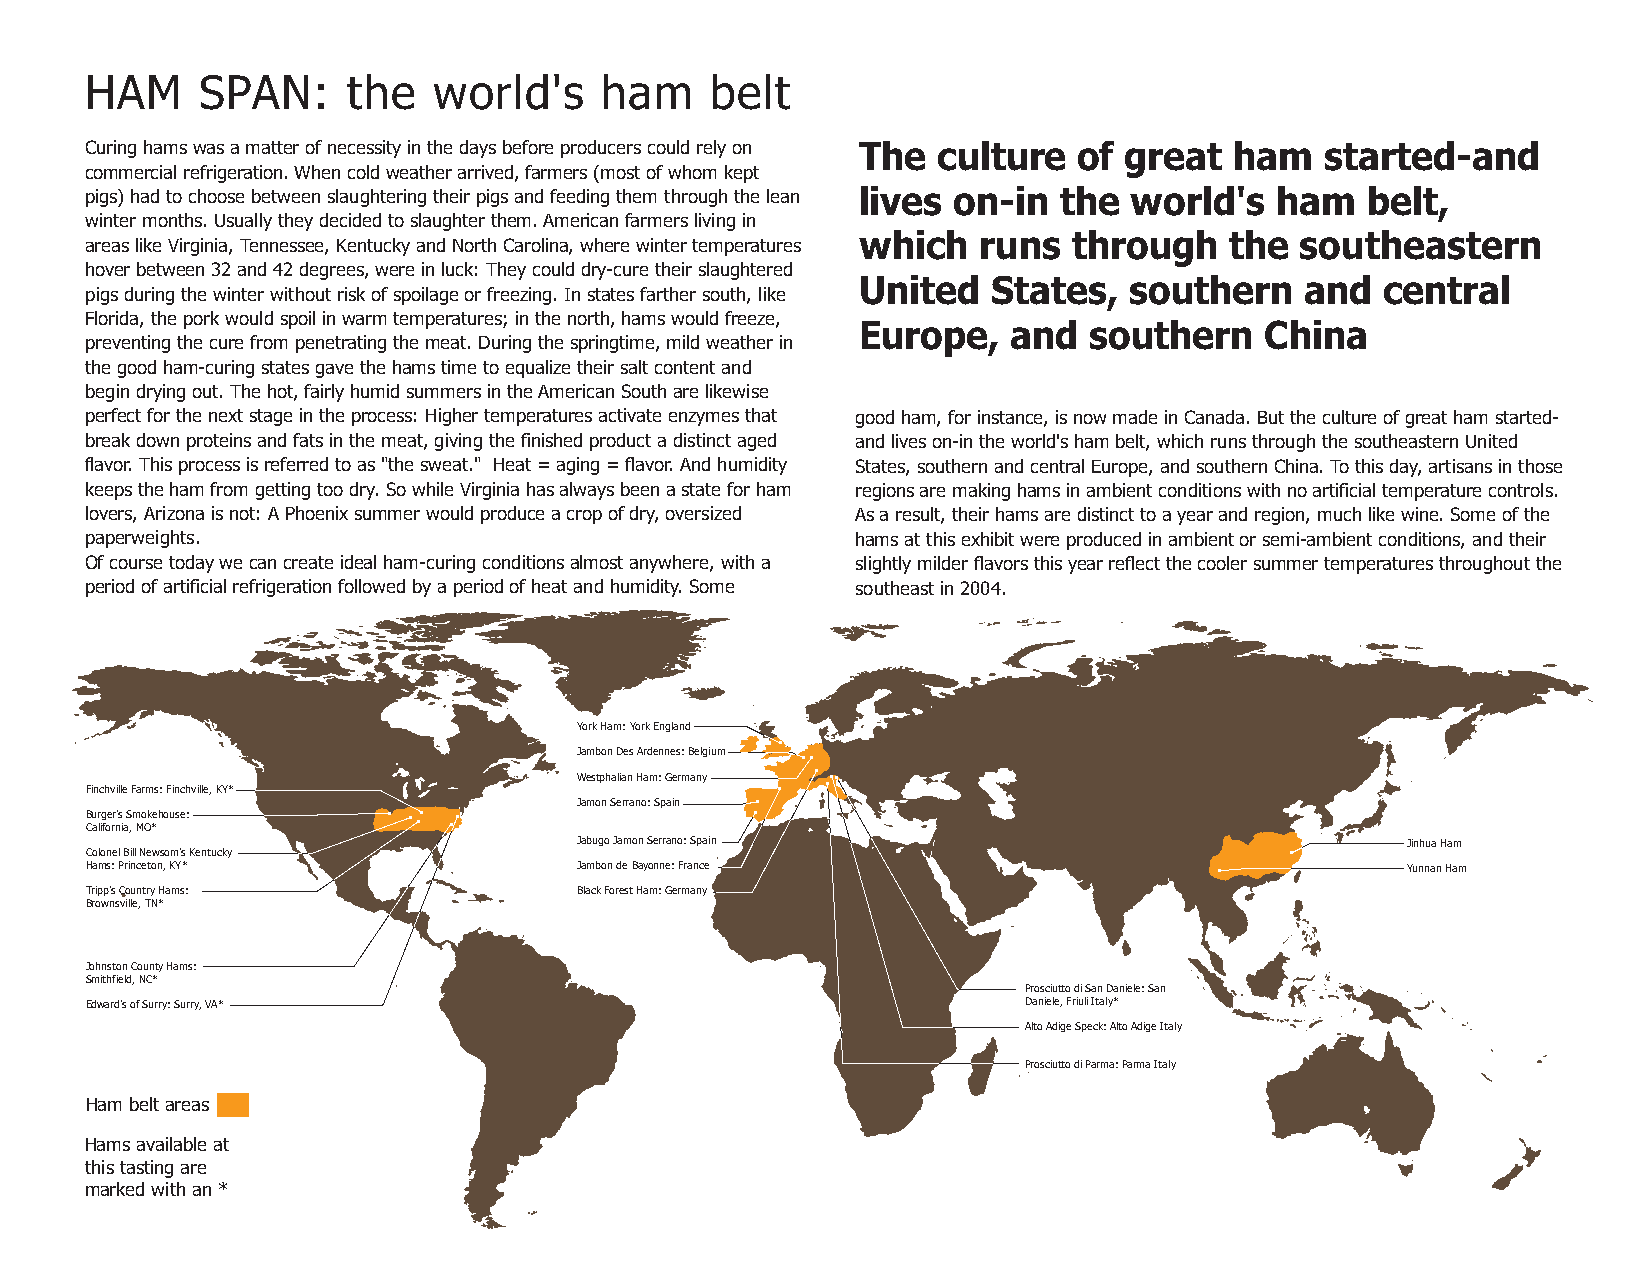
HAM    SPAN:     the   world's    ham    belt
 The  culture  of great   ham   started-and
 Curing hams was a matter of necessity in the days before producers could rely on
 commercial refrigeration. When cold weather arrived, farmers (most of whom kept
 lives on-in  the  world's  ham   belt,
 pigs) had to choose between slaughtering their pigs and feeding them through the lean
 winter months. Usually they decided to slaughter them. American farmers living in
 which   runs  through   the  southeastern
 areas like Virginia, Tennessee, Kentucky and North Carolina, where winter temperatures
 hover between 32 and 42 degrees, were in luck: They could dry-cure their slaughtered United States, southern and central
 pigs during the winter without risk of spoilage or freezing. In states farther south, like
 Florida, the pork would spoil in warm temperatures; in the north, hams would freeze, Europe, and southern China
 preventing the cure from penetrating the meat. During the springtime, mild weather in
 the good ham-curing states gave the hams time to equalize their salt content and
 begin drying out. The hot, fairly humid summers in the American South are likewise
 perfect for the next stage in the process: Higher temperatures activate enzymes that good ham, for instance, is now made in Canada. But the culture of great ham started-
 break down proteins and fats in the meat, giving the finished product a distinct aged and lives on-in the world's ham belt, which runs through the southeastern United
 flavor. This process is referred to as "the sweat." Heat = aging = flavor. And humidity States, southern and central Europe, and southern China. To this day, artisans in those
 keeps the ham from getting too dry. So while Virginia has always been a state for ham regions are making hams in ambient conditions with no artificial temperature controls.
 lovers, Arizona is not: A Phoenix summer would produce a crop of dry, oversized As a result, their hams are distinct to a year and region, much like wine. Some of the
 paperweights.                                      hams at this exhibit were produced in ambient or semi-ambient conditions, and their
 Of course today we can create ideal ham-curing conditions almost anywhere, with a slightly milder flavors this year reflect the cooler summer temperatures throughout the
 period of artificial refrigeration followed by a period of heat and humidity. Some southeast in 2004.
 York Ham: York England
 Jambon Des Ardennes: Belgium
 Westphalian Ham: Germany
 Finchville Farms: Finchville, KY*
 Jamon Serrano: Spain
 Burger's Smokehouse:
 California, MO*
 Jabugo Jamon Serrano: Spain                            Jinhua Ham
 Colonel Bill Newsom's Kentucky
 Hams: Princeton, KY*            Jambon de Bayonne: France                              Yunnan Ham
 Tripp's Country Hams:           Black Forest Ham: Germany
 Brownsville, TN*
 Johnston County Hams:
 Smithfield, NC*
 Prosciutto di San Daniele: San
 Edward's of Surry: Surry, VA*                                 Daniele, Friuli Italy*
 Alto Adige Speck: Alto Adige Italy
 Prosciutto di Parma: Parma Italy
 Ham belt areas
 Hams available at
 this tasting are
 marked with an *